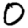
Digit: 0